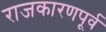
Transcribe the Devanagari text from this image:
राजकारणपूर्व